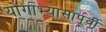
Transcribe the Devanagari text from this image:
योगाभ्यासापूर्वी